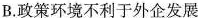
B.政策环境不利于外企发展